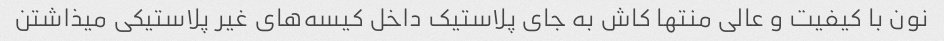
نون با کیفیت و عالی منتها کاش به جای پلاستیک داخل کیسه‌های غیر پلاستیکی میذاشتن